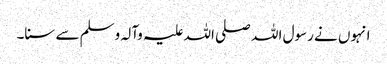
انہوں نے رسول اللہ صلی اللہ علیہ وآلہ وسلم سے سنا۔